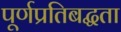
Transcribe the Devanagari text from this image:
पूर्णप्रतिबद्धता